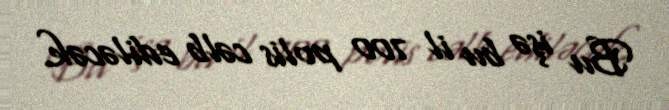
Bu işə bu il 700 polis cəlb ediləcək.